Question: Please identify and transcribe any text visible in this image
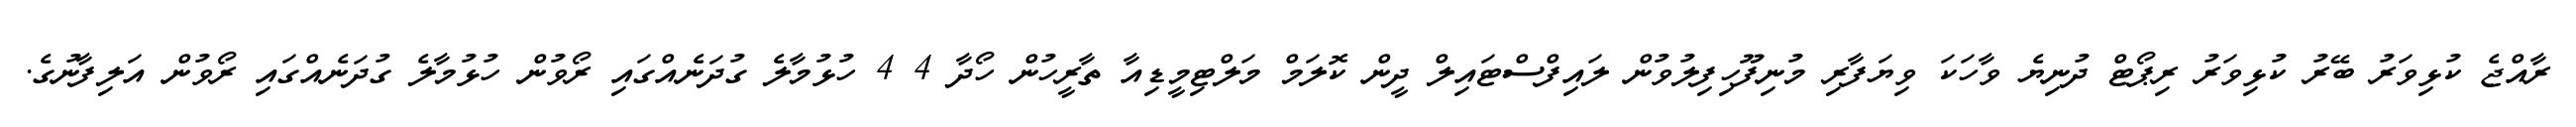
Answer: ރާއްޖެ ކުޅިވަރު ބޭރު ކުޅިވަރު ރިޕޯޓް ދުނިޔެ ވާހަކަ ވިޔަފާރި މުނިފޫހިފިލުވުން ލައިފްސްޓައިލް ދީން ކޮލަމް މަލްޓިމީޑިއާ ތާރީހުން ހޯދާ 4 4 ހުޅުމާލެ ގުދަނެއްގައި ރޯވުން ހުޅުމާލެ ގުދަނެއްގައި ރޯވުން އަލިފާނުގެ.